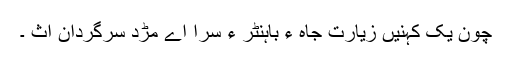
چون یک کہنیں زیارت جاہ ءِ باہنٹر ءِ سرا اے مڑد سرگردان اث ۔